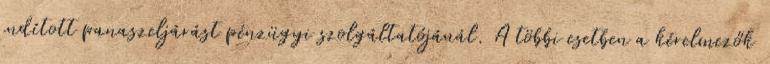
indított panaszeljárást pénzügyi szolgáltatójánál. A többi esetben a kérelmezők